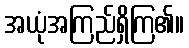
အယုံအကြည်ရှိကြ၏။